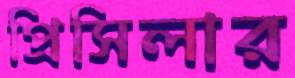
প্রিসিলার